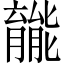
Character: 𫆽